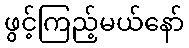
ဖွင့်ကြည့်မယ်နော်